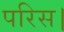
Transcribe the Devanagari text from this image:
परिस।